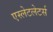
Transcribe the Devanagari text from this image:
एस्लेटलेटर्स